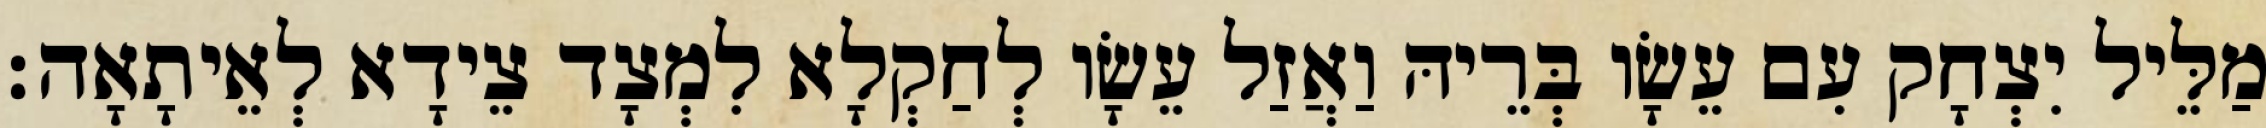
מַלֵּיל יִצְחָק עִם עֵשָׂו בְּרֵיהּ וַאֲזַל עֵשָׂו לְחַקְלָא לִמְצָד צֵידָא לְאֵיתָאָה׃